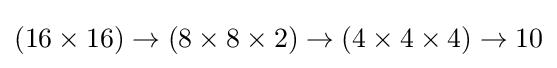
(16\times 16)\to (8\times 8\times 2)\to (4\times 4\times 4)\to 10